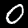
Digit: 0